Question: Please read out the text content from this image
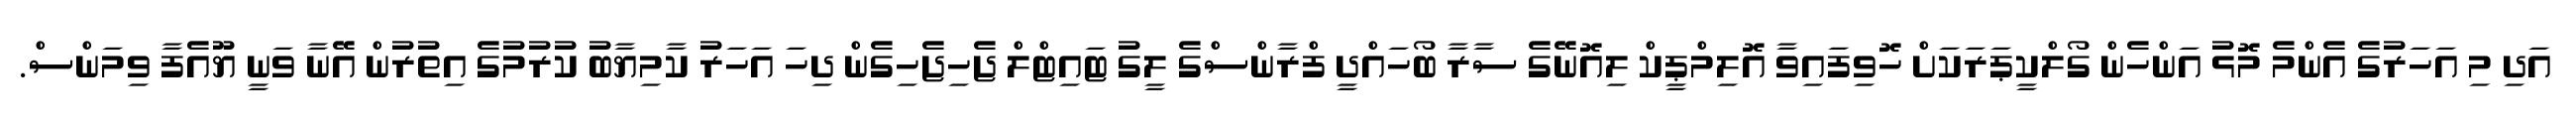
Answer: އަދި މި އަހަރުގެ އެންމެ މޮޅު އަންހެން ގޯލްކީޕަރަކަށް ހޮވިފައިވާ އޮލިމްޕީކް ލިއޮނޭގެ ސާރާ ބޯހައްދީ ފްރާންސްގެ ލީގު ޓައިޓްލް ޖެހިޖެހިގެން ދިހަ އަހަރު ކާމިޔާބު ކުރުމުގެ އިތުރުން އޭނާ ވަނީ ޔޫއެފާ ވިމަންސް.